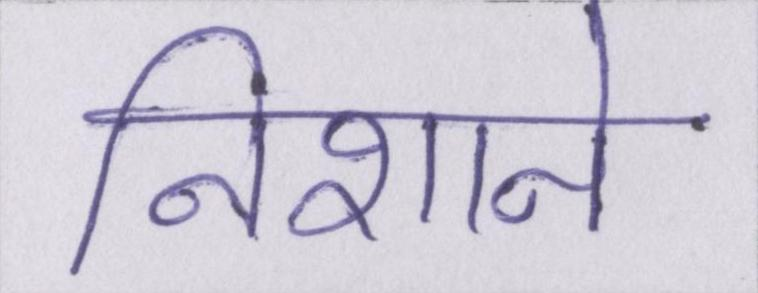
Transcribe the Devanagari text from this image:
निशाने